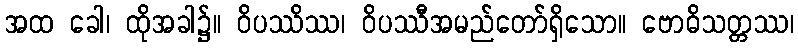
အထ ခေါ၊ ထိုအခါ၌။ ဝိပဿိဿ၊ ဝိပဿီအမည်တော်ရှိသော။ ဗောဓိသတ္တဿ၊